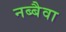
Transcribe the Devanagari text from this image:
नब्बैवा